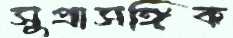
সুপ্রাসঙ্গিক